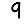
Digit: 9